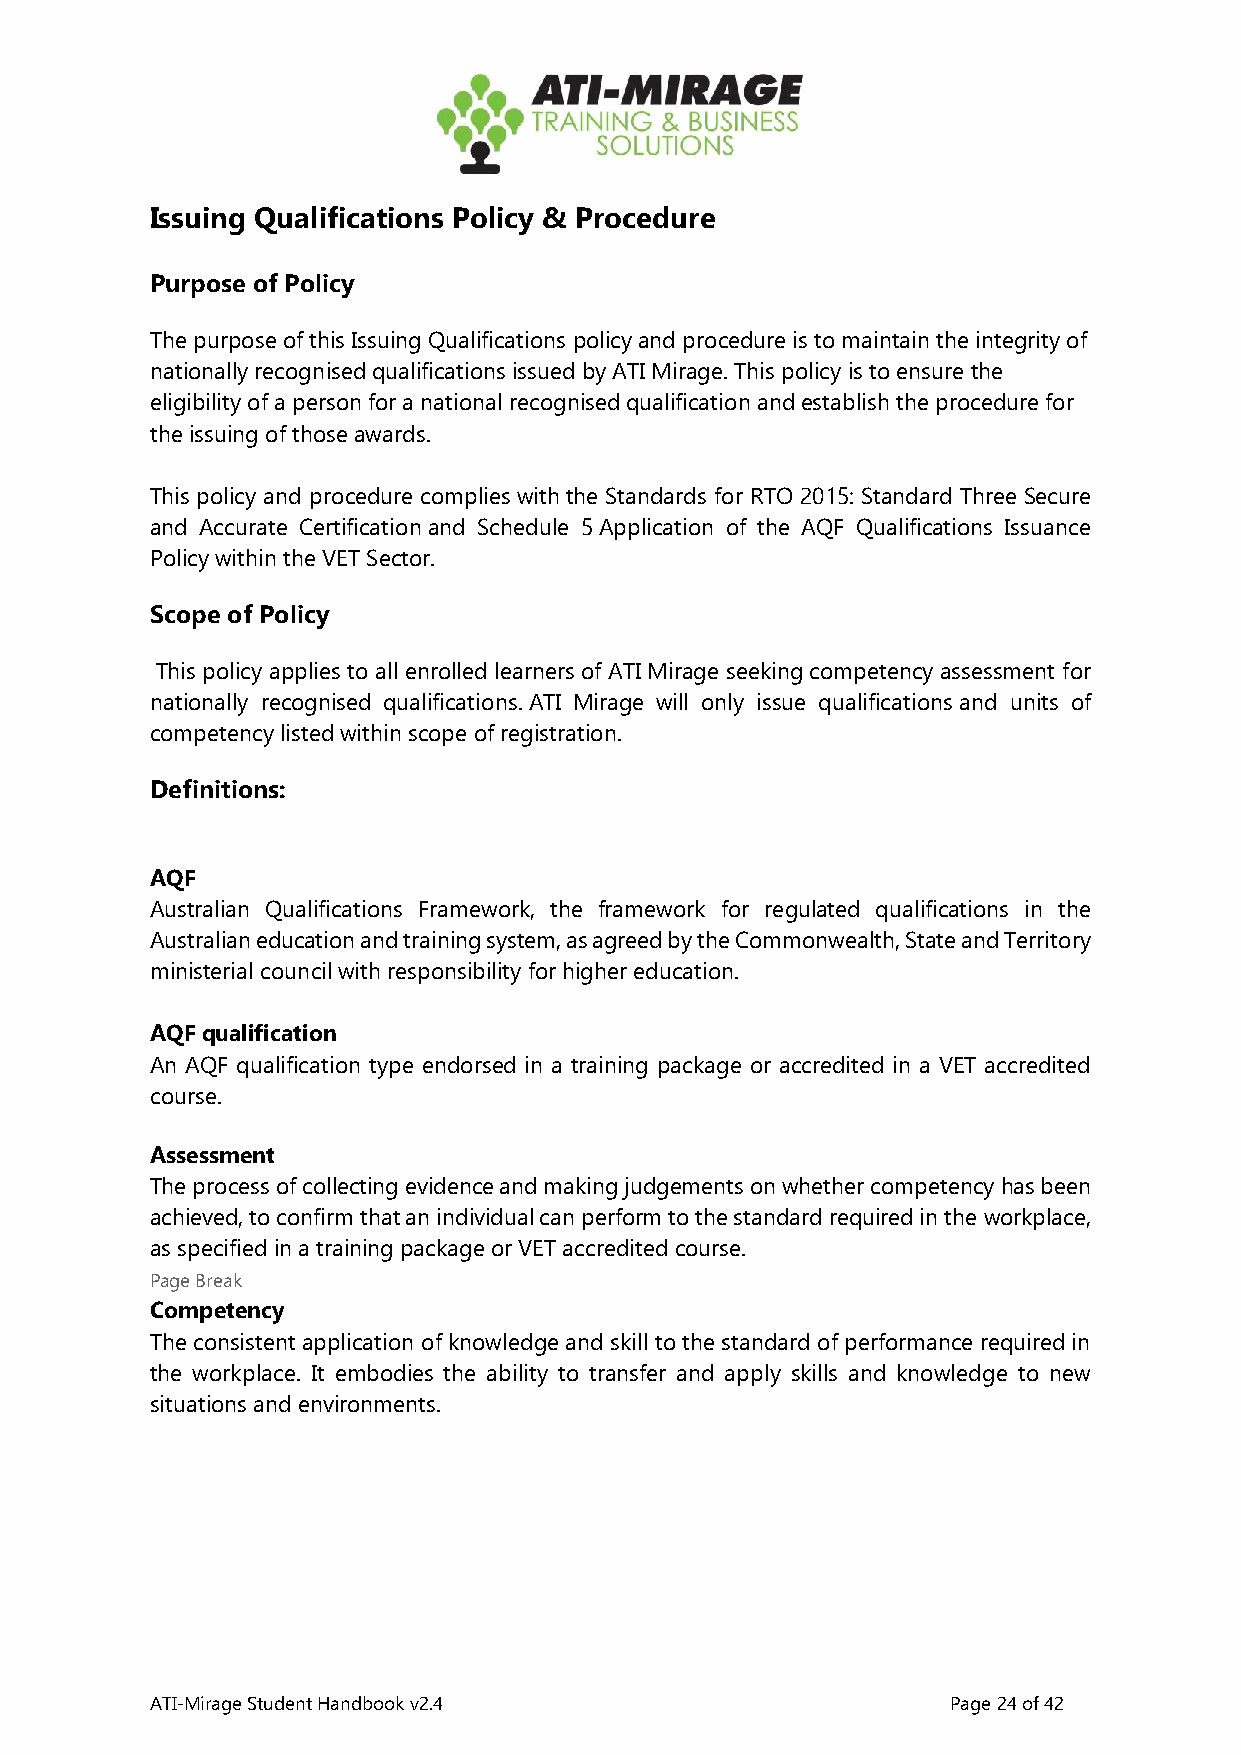
Issuing Qualifications Policy & Procedure
 Purpose of Policy
 The purpose of this Issuing Qualifications policy and procedure is to maintain the integrity of
 nationally recognised qualifications issued by ATI Mirage. This policy is to ensure the
 eligibility of a person for a national recognised qualification and establish the procedure for
 the issuing of those awards.
 This policy and procedure complies with the Standards for RTO 2015: Standard Three Secure
 and Accurate Certification and Schedule 5 Application of the AQF Qualifications Issuance
 Policy within the VET Sector.
 Scope of Policy
 This policy applies to all enrolled learners of ATI Mirage seeking competency assessment for
 nationally recognised qualifications. ATI Mirage will only issue qualifications and units of
 competency listed within scope of registration.
 Definitions:
 AQF
 Australian Qualifications Framework, the framework for regulated qualifications in the
 Australian education and training system, as agreed by the Commonwealth, State and Territory
 ministerial council with responsibility for higher education.
 AQF qualification
 An AQF qualification type endorsed in a training package or accredited in a VET accredited
 course.
 Assessment
 The process of collecting evidence and making judgements on whether competency has been
 achieved, to confirm that an individual can perform to the standard required in the workplace,
 as specified in a training package or VET accredited course.
 Page Break
 Competency
 The consistent application of knowledge and skill to the standard of performance required in
 the workplace. It embodies the ability to transfer and apply skills and knowledge to new
 situations and environments.
 ATI-Mirage Student Handbook v2.4                     Page 24 of 42